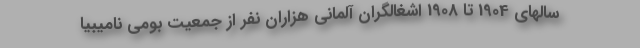
سالهای 1904 تا 1908 اشغالگران آلمانی هزاران نفر از جمعیت بومی نامیبیا